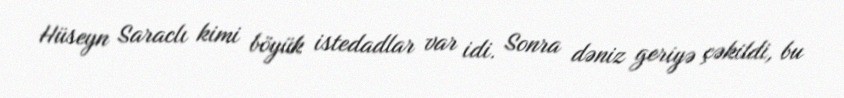
Hüseyn Saraclı kimi böyük istedadlar var idi. Sonra dəniz geriyə çəkildi, bu